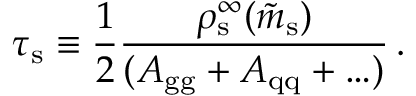
\tau _ { \mathrm { s } } \equiv { \frac { 1 } { 2 } } { \frac { \rho _ { \mathrm { s } } ^ { \infty } ( \tilde { m } _ { \mathrm { s } } ) } { ( A _ { \mathrm { g g } } + A _ { \mathrm { q q } } + \ldots ) } } \, .